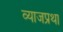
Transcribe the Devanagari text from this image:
व्याजप्रथा